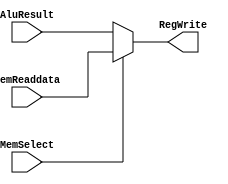
module MemtoReg(MemSelect,MemReaddata,AluResult,RegWrite);
    
input MemSelect;
input [63:0]MemReaddata;
input [63:0]AluResult;

output [63:0]RegWrite;

always@(MemSelect)
    begin
        if (MemSelect==0)
            RegWrite=AluResult;
        else
            RegWrite=MemReaddata;
    end

endmodule